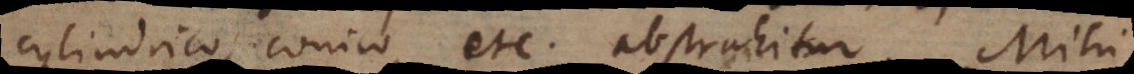
cylindrico, conico, etc. abstrahitur. Mihi